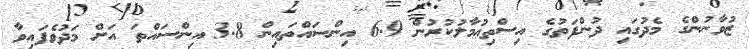
ޒުވާނުންގެ މެދުގައި ދުންފަތުގެ އިސްތިޢުމާލުކުރުން 6.9 އިންސައްތައިން 3.8 އިންސައްތަ އަށް މަދުވެފައިވާ